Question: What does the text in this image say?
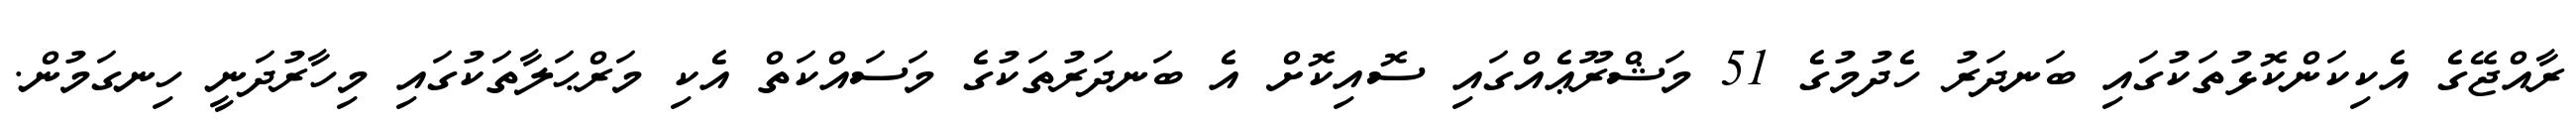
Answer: ރާއްޖޭގެ އެކިކަންކޮޅުތަކުގައި ބަނދަރު ހެދުމުގެ 51 މަޝްރޫޢެއްގައި ސޮއިކޮށް އެ ބަނދަރުތަކުގެ މަސައްކަތް އެކި މަރްޙަލާތަކުގައި މިހާރުދަނީ ހިނގަމުން.